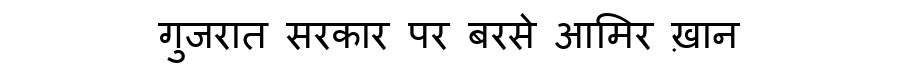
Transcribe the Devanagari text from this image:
गुजरात सरकार पर बरसे आमिर ख़ान